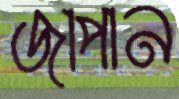
জাপান